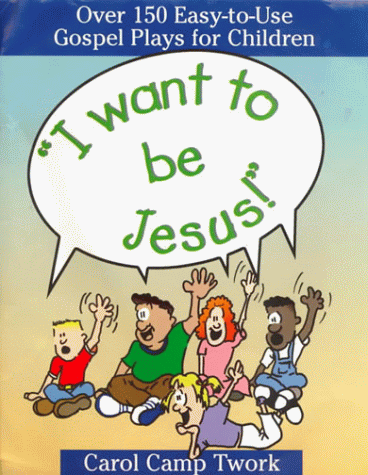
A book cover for "I Want to Be Jesus!": Over 150 Easy-To-Use Gospel Plays for Children; Carol Camp Twork; Literature & Fiction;